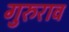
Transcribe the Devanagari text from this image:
गुरुराव